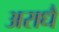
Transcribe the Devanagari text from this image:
अराधै